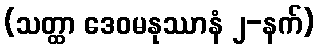
(သတ္ထာ ဒေဝမနုဿာနံ ၂-နက်)